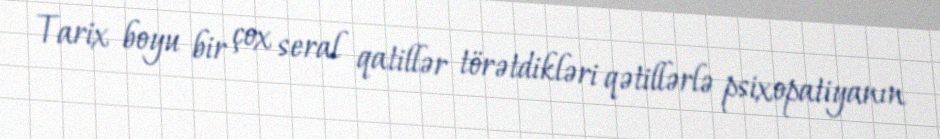
Tarix boyu bir çox seral qatillər törətdikləri qətillərlə psixopatiyanın